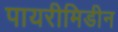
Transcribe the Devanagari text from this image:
पायरीमिडीन